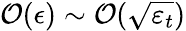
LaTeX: \mathcal{O}(\epsilon)\sim\mathcal{O}(\sqrt{\varepsilon_{t}})